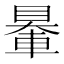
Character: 䡞